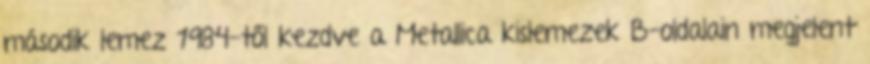
második lemez 1984-től kezdve a Metallica kislemezek B-oldalain megjelent